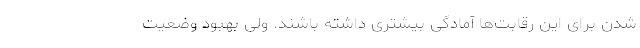
شدن برای این رقابت‌ها آمادگی بیشتری داشته باشند. ولی بهبود وضعیت